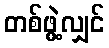
တစ်ဖွဲ့လျှင်